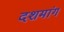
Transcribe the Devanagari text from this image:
दशमांग